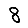
Digit: 8